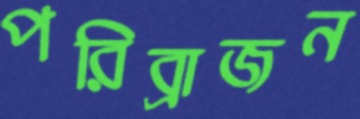
পরিব্রাজন